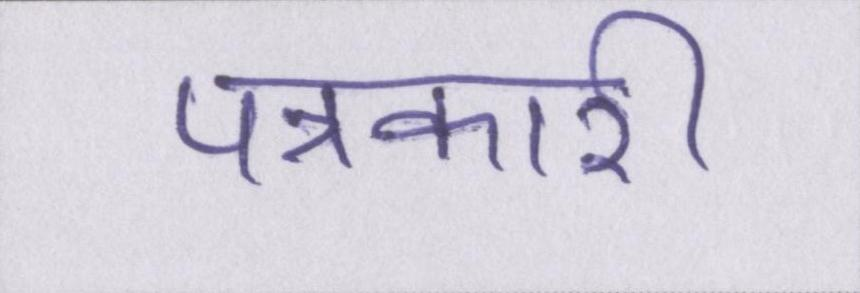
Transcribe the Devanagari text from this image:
पत्रकारी